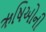
ઋષિઓની